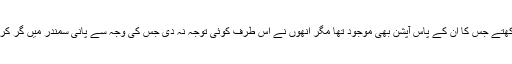
اگر پانی کے ذمہ دار ادارے Tarbela جھیل کی سطح کو برقرار رکھتے جس کا ان کے پاس آپشن بھی موجود تھا مگر انھوں نے اس طرف کوئی توجہ نہ دی جس کی وجہ سے پانی سمندر میں گر کر ضائع ہوتا رہا اور فلڈ سیزن کے آخری دن شارٹیج کی خبر سننا پڑی۔